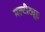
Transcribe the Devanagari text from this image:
मल्टीट्यूड